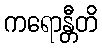
ကရောန္တီတိ